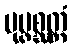
ပုပ္ဖစ္ဆတ္တံ